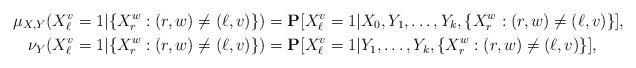
LaTeX: \begin{align*}\mu_{X,Y}(X_\ell^v=1|\{X_r^w:(r,w)\ne(\ell,v)\}) &=\mathbf{P}[X_\ell^v=1|X_0,Y_1,\ldots,Y_k,\{X_r^w:(r,w)\ne(\ell,v)\}],\\\nu_{Y}(X_\ell^v=1|\{X_r^w:(r,w)\ne(\ell,v)\}) &=\mathbf{P}[X_\ell^v=1|Y_1,\ldots,Y_k,\{X_r^w:(r,w)\ne(\ell,v)\}],\end{align*}